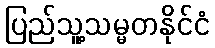
ပြည်သူ့သမ္မတနိုင်ငံ